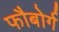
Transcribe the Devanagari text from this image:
फौबोर्ग